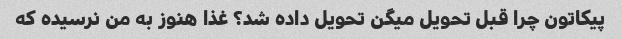
پیکاتون چرا قبل تحویل میگن تحویل داده شد؟ غذا هنوز به من نرسیده که